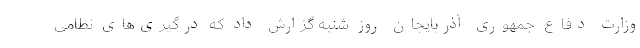
وزارت دفاع جمهوری آذربایجان روز شنبه گزارش داد که درگیری‌های نظامی